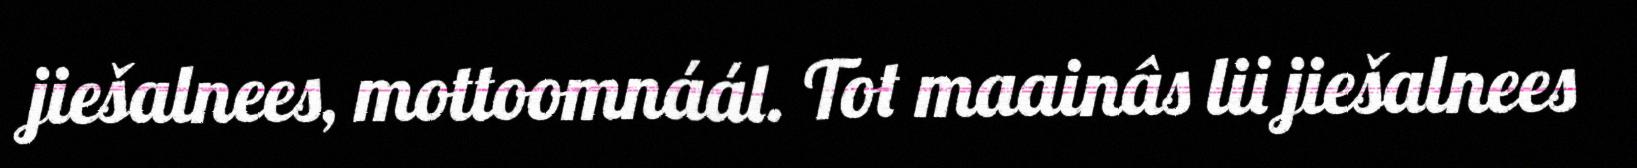
jiešalnees, mottoomnáál. Tot maainâs lii jiešalnees